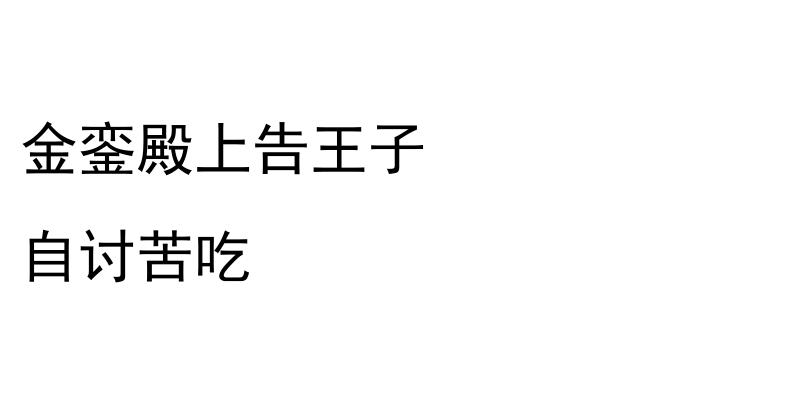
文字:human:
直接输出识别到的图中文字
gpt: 金銮殿上告王子 自讨苦吃